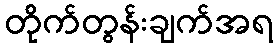
တိုက်တွန်းချက်အရ